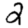
Digit: 2